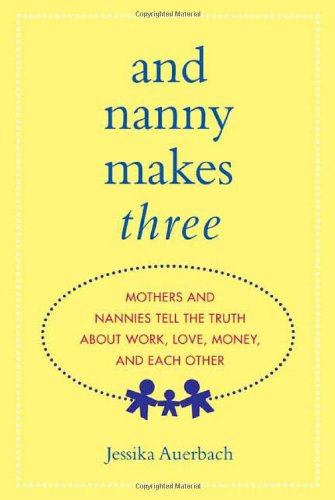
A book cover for And Nanny Makes Three: Mothers and Nannies Tell the Truth About Work, Love, Money, and Each Other; Jessika Auerbach; Parenting & Relationships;